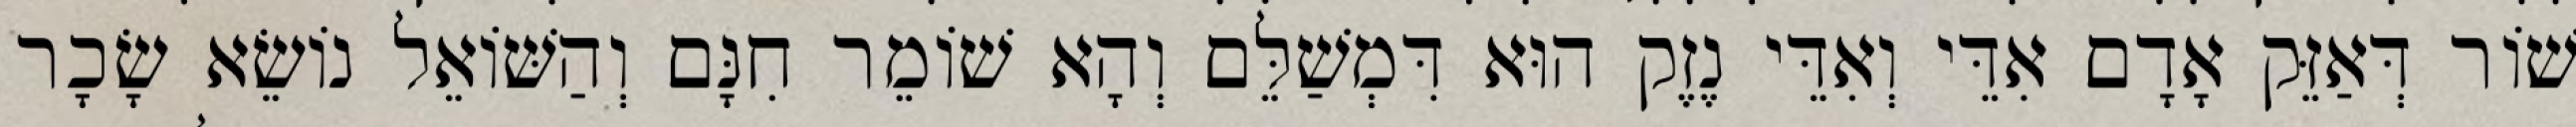
שׁוֹר דְּאַזֵּק אָדָם אִדֵּי וְאִדֵּי נֶזֶק הוּא דִּמְשַׁלֵּם וְהָא שׁוֹמֵר חִנָּם וְהַשּׁוֹאֵל נוֹשֵׂא שָׂכָר